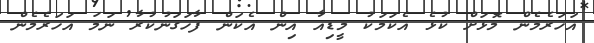
އަހަރެމެން މޮޅަށް ކުޅެ އެކަމަކު މީޑިއާ އިން އެކަން ފާހަގަނުކުރާ ނަމަ އަހަރެމެން